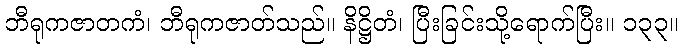
ဘီရုကဇာတကံ၊ ဘီရုကဇာတ်သည်။ နိဋ္ဌိတံ၊ ပြီးခြင်းသို့ရောက်ပြီး။ ၁၃၃။